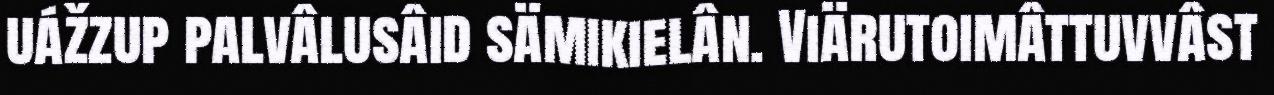
uážzup palvâlusâid sämikielân. Viärutoimâttuvvâst